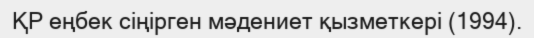
ҚР еңбек сіңірген мәдениет қызметкері (1994).